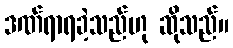
ဒဏ်ရာရခဲ့သည်ဟု ဆိုသည်။